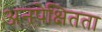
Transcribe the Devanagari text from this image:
अनपेक्षितता